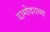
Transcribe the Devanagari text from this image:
दामोदराच्या